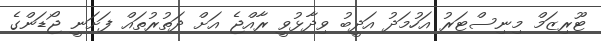
ޓޫރިޒަމް މިނިސްޓަރު އަހުމަދު އަދީބު ވިދާޅުވީ ރާއްޖެ އަށް ދަތުރުތައް ފަށަނީ ޖޯޑަންގެ